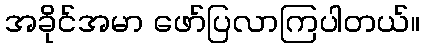
အခိုင်အမာ ဖော်ပြလာကြပါတယ်။